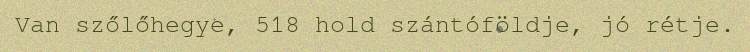
Van szőlőhegye, 518 hold szántóföldje, jó rétje.